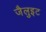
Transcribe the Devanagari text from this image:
जैलुइट